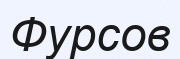
Фурсов